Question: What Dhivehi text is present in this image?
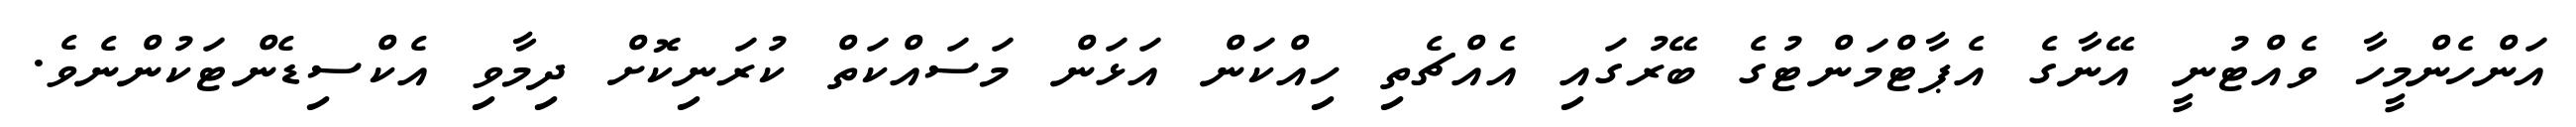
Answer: އަންހެންމީހާ ވެއްޓުނީ އޭނާގެ އެޕާޓްމަންޓުގެ ބޭރުގައި އެއްޗެތި ހިއްކަން އަޅަން މަސައްކަތް ކުރަނިކޮށް ދިމާވި އެކްސިޑެންޓަކުންނެވެ.